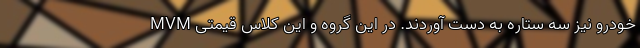
خودرو نیز سه ستاره به دست آوردند. در این گروه و این کلاس قیمتی MVM